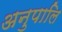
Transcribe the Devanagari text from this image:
अनुपालि